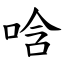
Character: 唅